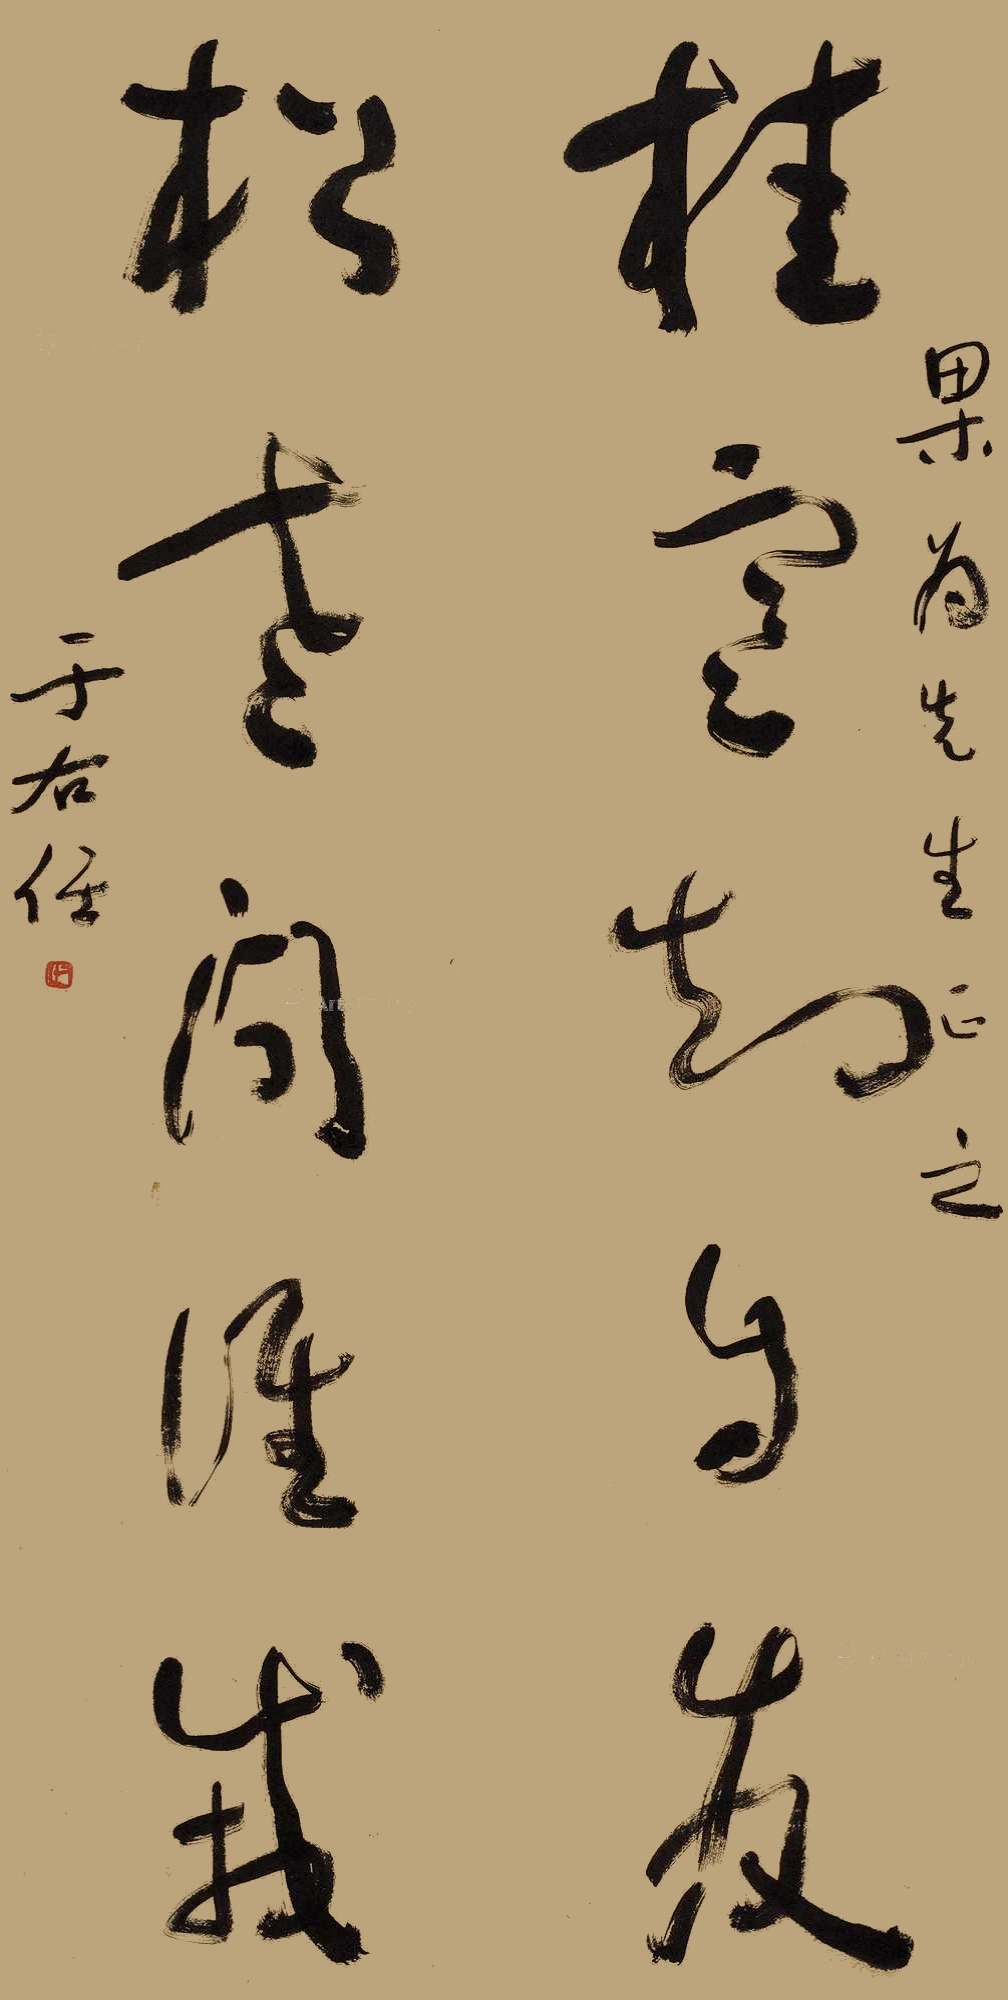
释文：桂寒却自发，松老问谁栽。果为先生正之，于右任。